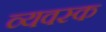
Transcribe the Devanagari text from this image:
व्यवस्क